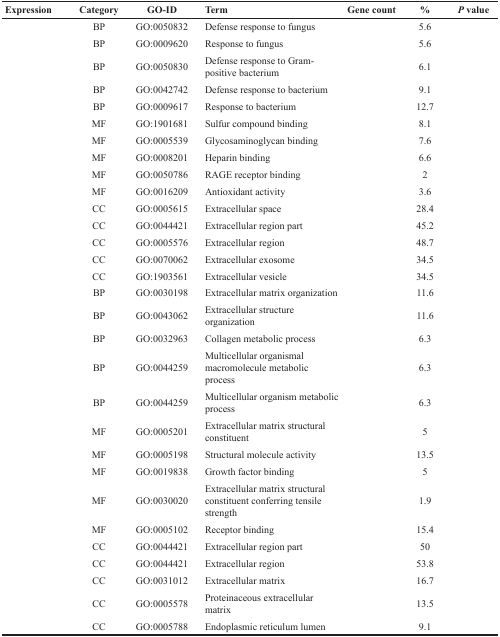
<table><thead><tr><td><b>Expression</b></td><td><b>Category</b></td><td><b>GO-ID</b></td><td><b>Term</b></td><td><b>Gene count</b></td><td><b>%</b></td><td><b><i>P</i> value</b></td></tr></thead><tbody><tr><td>[EMPTY_CELL]</td><td>BP</td><td>GO:0050832</td><td>Defense response to fungus</td><td>[EMPTY_CELL]</td><td>5.6</td><td>[EMPTY_CELL]</td></tr><tr><td>[EMPTY_CELL]</td><td>BP</td><td>GO:0009620</td><td>Response to fungus</td><td>[EMPTY_CELL]</td><td>5.6</td><td>[EMPTY_CELL]</td></tr><tr><td>[EMPTY_CELL]</td><td>BP</td><td>GO:0050830</td><td>Defense response to Gram-positive bacterium</td><td>[EMPTY_CELL]</td><td>6.1</td><td>[EMPTY_CELL]</td></tr><tr><td>[EMPTY_CELL]</td><td>BP</td><td>GO:0042742</td><td>Defense response to bacterium</td><td>[EMPTY_CELL]</td><td>9.1</td><td>[EMPTY_CELL]</td></tr><tr><td>[EMPTY_CELL]</td><td>BP</td><td>GO:0009617</td><td>Response to bacterium</td><td>[EMPTY_CELL]</td><td>12.7</td><td>[EMPTY_CELL]</td></tr><tr><td>[EMPTY_CELL]</td><td>MF</td><td>GO:1901681</td><td>Sulfur compound binding</td><td>[EMPTY_CELL]</td><td>8.1</td><td>[EMPTY_CELL]</td></tr><tr><td>[EMPTY_CELL]</td><td>MF</td><td>GO:0005539</td><td>Glycosaminoglycan binding</td><td>[EMPTY_CELL]</td><td>7.6</td><td>[EMPTY_CELL]</td></tr><tr><td>[EMPTY_CELL]</td><td>MF</td><td>GO:0008201</td><td>Heparin binding</td><td>[EMPTY_CELL]</td><td>6.6</td><td>[EMPTY_CELL]</td></tr><tr><td>[EMPTY_CELL]</td><td>MF</td><td>GO:0050786</td><td>RAGE receptor binding</td><td>[EMPTY_CELL]</td><td>2</td><td>[EMPTY_CELL]</td></tr><tr><td>[EMPTY_CELL]</td><td>MF</td><td>GO:0016209</td><td>Antioxidant activity</td><td>[EMPTY_CELL]</td><td>3.6</td><td>[EMPTY_CELL]</td></tr><tr><td>[EMPTY_CELL]</td><td>CC</td><td>GO:0005615</td><td>Extracellular space</td><td>[EMPTY_CELL]</td><td>28.4</td><td>[EMPTY_CELL]</td></tr><tr><td>[EMPTY_CELL]</td><td>CC</td><td>GO:0044421</td><td>Extracellular region part</td><td>[EMPTY_CELL]</td><td>45.2</td><td>[EMPTY_CELL]</td></tr><tr><td>[EMPTY_CELL]</td><td>CC</td><td>GO:0005576</td><td>Extracellular region</td><td>[EMPTY_CELL]</td><td>48.7</td><td>[EMPTY_CELL]</td></tr><tr><td>[EMPTY_CELL]</td><td>CC</td><td>GO:0070062</td><td>Extracellular exosome</td><td>[EMPTY_CELL]</td><td>34.5</td><td>[EMPTY_CELL]</td></tr><tr><td>[EMPTY_CELL]</td><td>CC</td><td>GO:1903561</td><td>Extracellular vesicle</td><td>[EMPTY_CELL]</td><td>34.5</td><td>[EMPTY_CELL]</td></tr><tr><td>[EMPTY_CELL]</td><td>BP</td><td>GO:0030198</td><td>Extracellular matrix organization</td><td>[EMPTY_CELL]</td><td>11.6</td><td>[EMPTY_CELL]</td></tr><tr><td>[EMPTY_CELL]</td><td>BP</td><td>GO:0043062</td><td>Extracellular structure organization</td><td>[EMPTY_CELL]</td><td>11.6</td><td>[EMPTY_CELL]</td></tr><tr><td>[EMPTY_CELL]</td><td>BP</td><td>GO:0032963</td><td>Collagen metabolic process</td><td>[EMPTY_CELL]</td><td>6.3</td><td>[EMPTY_CELL]</td></tr><tr><td>[EMPTY_CELL]</td><td>BP</td><td>GO:0044259</td><td>Multicellular organismal macromolecule metabolic process</td><td>[EMPTY_CELL]</td><td>6.3</td><td>[EMPTY_CELL]</td></tr><tr><td>[EMPTY_CELL]</td><td>BP</td><td>GO:0044259</td><td>Multicellular organism metabolic process</td><td>[EMPTY_CELL]</td><td>6.3</td><td>[EMPTY_CELL]</td></tr><tr><td>[EMPTY_CELL]</td><td>MF</td><td>GO:0005201</td><td>Extracellular matrix structural constituent</td><td>[EMPTY_CELL]</td><td>5</td><td>[EMPTY_CELL]</td></tr><tr><td>[EMPTY_CELL]</td><td>MF</td><td>GO:0005198</td><td>Structural molecule activity</td><td>[EMPTY_CELL]</td><td>13.5</td><td>[EMPTY_CELL]</td></tr><tr><td>[EMPTY_CELL]</td><td>MF</td><td>GO:0019838</td><td>Growth factor binding</td><td>[EMPTY_CELL]</td><td>5</td><td>[EMPTY_CELL]</td></tr><tr><td>[EMPTY_CELL]</td><td>MF</td><td>GO:0030020</td><td>Extracellular matrix structural constituent conferring tensile strength</td><td>[EMPTY_CELL]</td><td>1.9</td><td>[EMPTY_CELL]</td></tr><tr><td>[EMPTY_CELL]</td><td>MF</td><td>GO:0005102</td><td>Receptor binding</td><td>[EMPTY_CELL]</td><td>15.4</td><td>[EMPTY_CELL]</td></tr><tr><td>[EMPTY_CELL]</td><td>CC</td><td>GO:0044421</td><td>Extracellular region part</td><td>[EMPTY_CELL]</td><td>50</td><td>[EMPTY_CELL]</td></tr><tr><td>[EMPTY_CELL]</td><td>CC</td><td>GO:0044421</td><td>Extracellular region</td><td>[EMPTY_CELL]</td><td>53.8</td><td>[EMPTY_CELL]</td></tr><tr><td>[EMPTY_CELL]</td><td>CC</td><td>GO:0031012</td><td>Extracellular matrix</td><td>[EMPTY_CELL]</td><td>16.7</td><td>[EMPTY_CELL]</td></tr><tr><td>[EMPTY_CELL]</td><td>CC</td><td>GO:0005578</td><td>Proteinaceous extracellular matrix</td><td>[EMPTY_CELL]</td><td>13.5</td><td>[EMPTY_CELL]</td></tr><tr><td>[EMPTY_CELL]</td><td>CC</td><td>GO:0005788</td><td>Endoplasmic reticulum lumen</td><td>[EMPTY_CELL]</td><td>9.1</td><td>[EMPTY_CELL]</td></tr></tbody></table>